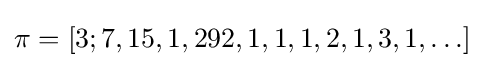
\pi =[3;7,15,1,292,1,1,1,2,1,3,1,\ldots ]